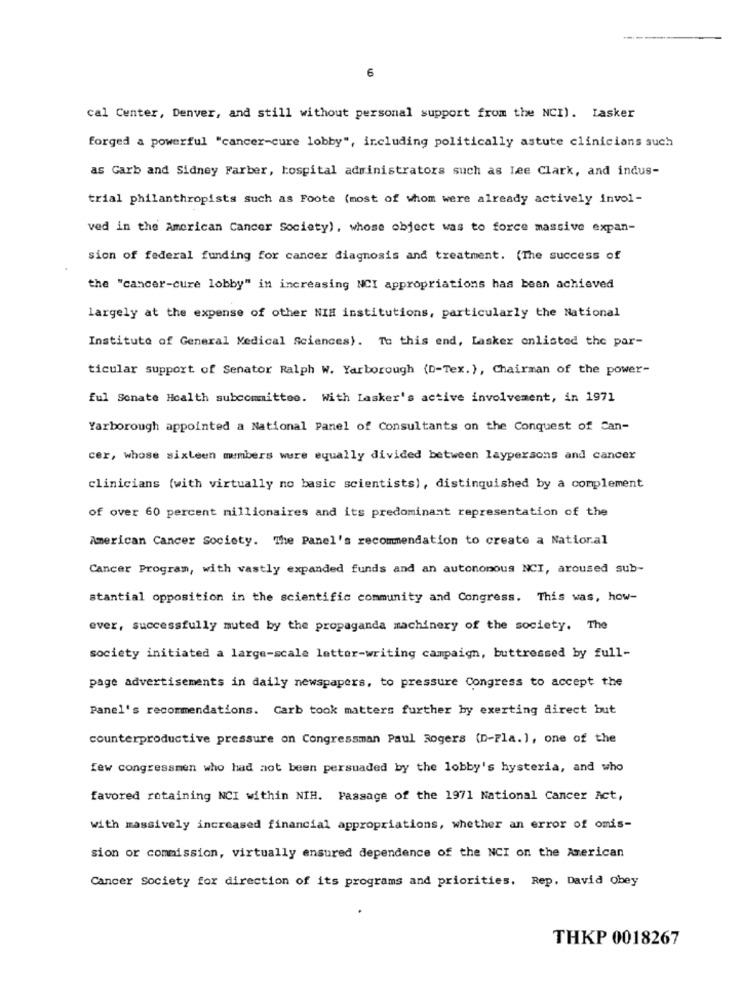
6
cal Center, Denver, and still without personal support from the NCI). Lasker
forged a powerful "cancer-cure lobby", including politically astute clinicians such
as Garb and Sidney Farber, hospital administrators such as Lee Clark, and indus-
trial philanthropists such as Foote (most of whom were already actively invol-
ved in the American Cancer Society), whose object was to force massive expan-
sion of federal funding for cancer diagnosis and treatment. (The success of
the "cancer-cure lobby" in increasing NCI appropriations has been achieved
largely at the expense of other NIH institutions, particularly the National
Institute of General Medical Sciences). To this end, Lasker onlisted the par-
ticular support of Senator Ralph W. Yarborough (D-Tex. ), Chairman of the power-
ful Senate Health subcommittee. With Lasker's active involvement, in 1971
Yarborough appointed a National Panel of Consultants on the Conquest of Can-
cer, whose sixteen members were equally divided between laypersons and cancer
clinicians (with virtually no basic scientists), distinguished by a complement
of over 60 percent millionaires and its predominant representation of the
American Cancer Society. The Panel's recommendation to create a Natioral
Cancer Program, with vastly expanded funds and an autonomous NCI, aroused sub-
stantial opposition in the scientific community and Congress. This was, how-
ever, successfully muted by the propaganda machinery of the society. The
society initiated a large-scale letter-writing campaign, buttressed by full-
page advertisements in daily newspapers, to pressure Congress to accept the
Panel's recommendations. Carb took matters further by exerting direct but
counterproductive pressure on Congressman Paul Rogers (D-Fla. ], one of the
few congressmen who had not been persuaded by the lobby's hysteria, and who
favored retaining NCI within NIH. Passage of the 1971 National Cancer Act,
with massively increased financial appropriations, whether an error of omis-
sion or commission, virtually ensured dependence of the NCI on the American
Cancer Society for direction of its programs and priorities. Rep. David obey
THKP 0018267